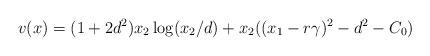
LaTeX: \begin{align*}v(x)=(1+2d^2) x_2 \log (x_2/d) + x_2 ((x_1-r\gamma)^2-d^2-C_0)\end{align*}